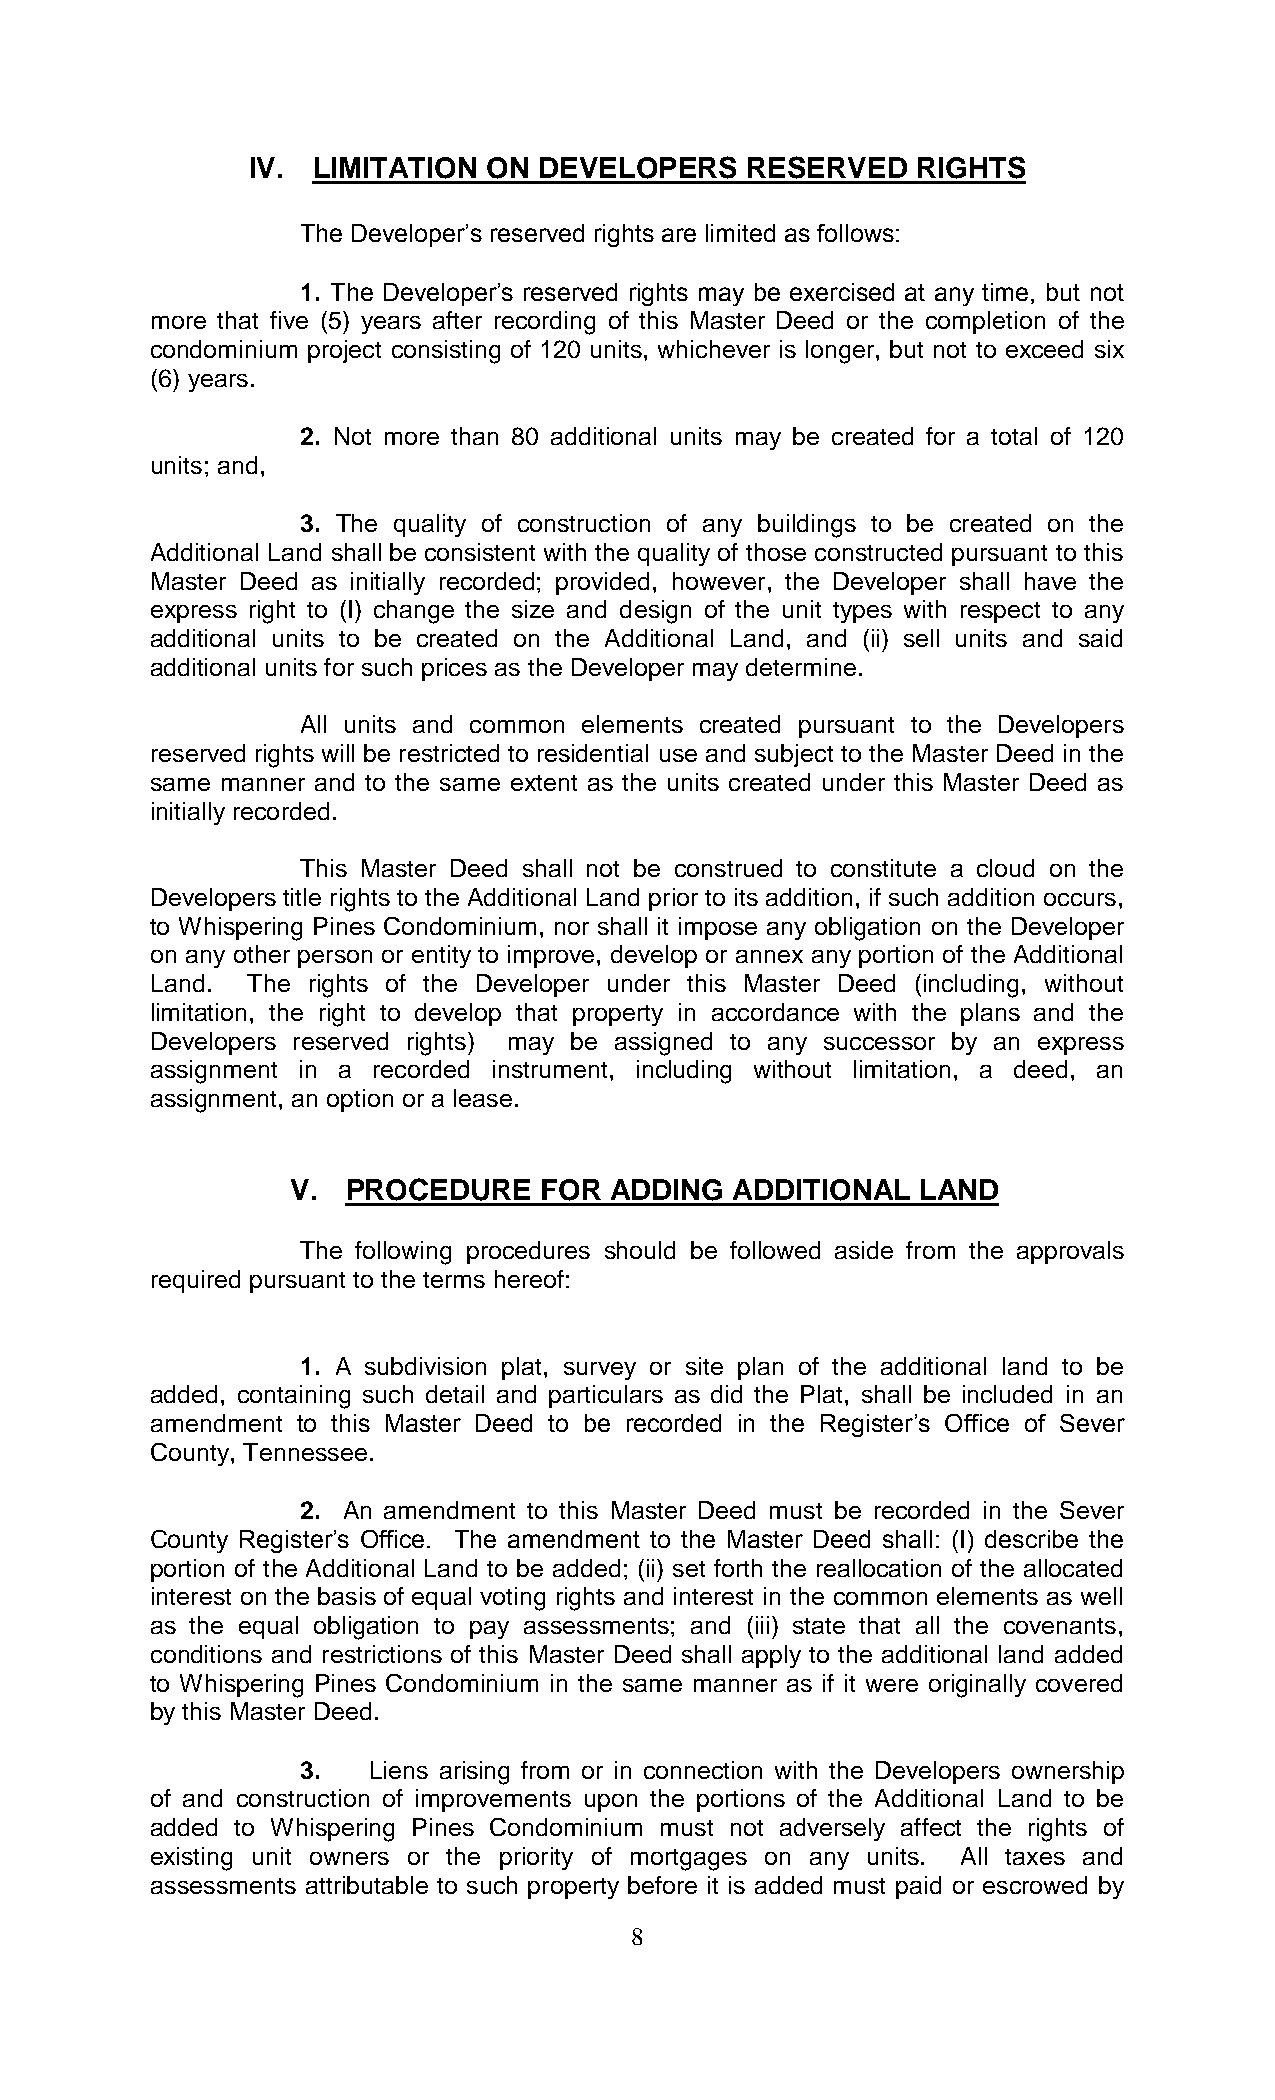
IV.  LIMITATION ON  DEVELOPERS   RESERVED    RIGHTS
 The Developer’s reserved rights are limited as follows:
 1. The Developer’s reserved rights may be exercised at any time, but not
 more that five (5) years after recording of this Master Deed or the completion of the
 condominium project consisting of 120 units, whichever is longer, but not to exceed six
 (6) years.
 2. Not more than 80 additional units may be created for a total of 120
 units; and,
 3. The quality of construction of any buildings to be created on the
 Additional Land shall be consistent with the quality of those constructed pursuant to this
 Master Deed as initially recorded; provided, however, the Developer shall have the
 express right to (I) change the size and design of the unit types with respect to any
 additional units to be created on the Additional Land, and (ii) sell units and said
 additional units for such prices as the Developer may determine.
 All units and common elements created pursuant to the Developers
 reserved rights will be restricted to residential use and subject to the Master Deed in the
 same manner and to the same extent as the units created under this Master Deed as
 initially recorded.
 This Master Deed shall not be construed to constitute a cloud on the
 Developers title rights to the Additional Land prior to its addition, if such addition occurs,
 to Whispering Pines Condominium, nor shall it impose any obligation on the Developer
 on any other person or entity to improve, develop or annex any portion of the Additional
 Land. The rights of the Developer under this Master Deed (including, without
 limitation, the right to develop that property in accordance with the plans and the
 Developers reserved rights) may be assigned to any successor by an express
 assignment in a recorded instrument, including without limitation, a deed, an
 assignment, an option or a lease.
 V.  PROCEDURE    FOR ADDING  ADDITIONAL   LAND
 The following procedures should be followed aside from the approvals
 required pursuant to the terms hereof:
 1. A subdivision plat, survey or site plan of the additional land to be
 added, containing such detail and particulars as did the Plat, shall be included in an
 amendment to this Master Deed to be recorded in the Register’s Office of Sever
 County, Tennessee.
 2. An amendment to this Master Deed must be recorded in the Sever
 County Register’s Office. The amendment to the Master Deed shall: (I) describe the
 portion of the Additional Land to be added; (ii) set forth the reallocation of the allocated
 interest on the basis of equal voting rights and interest in the common elements as well
 as the equal obligation to pay assessments; and (iii) state that all the covenants,
 conditions and restrictions of this Master Deed shall apply to the additional land added
 to Whispering Pines Condominium in the same manner as if it were originally covered
 by this Master Deed.
 3.  Liens arising from or in connection with the Developers ownership
 of and construction of improvements upon the portions of the Additional Land to be
 added to Whispering Pines Condominium must not adversely affect the rights of
 existing unit owners or the priority of mortgages on any units. All taxes and
 assessments attributable to such property before it is added must paid or escrowed by
 8